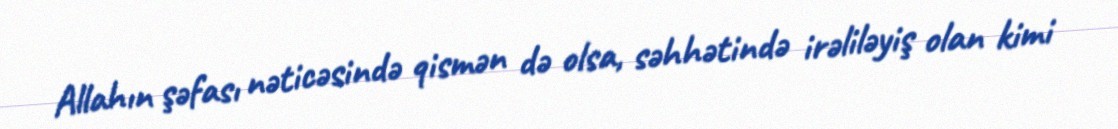
Allahın şəfası nəticəsində qismən də olsa, səhhətində irəliləyiş olan kimi